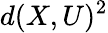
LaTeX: d(X,U)^{2}